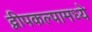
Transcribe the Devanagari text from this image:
द्वीपकल्पामध्ये